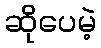
ဆိုပေမဲ့